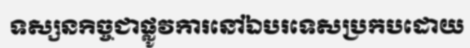
ទស្សនកិច្ចជាផ្លូវការនៅឯបរទេសប្រកបដោយ